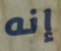
إنه